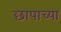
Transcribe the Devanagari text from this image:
छापाच्या